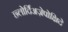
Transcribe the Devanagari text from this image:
छ्लोर्दिअज़ेपोक्षिदे